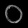
Digit: ၀